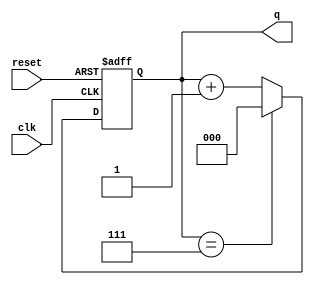
module binary_counter (
    input wire clk,          // Clock signal
    input wire reset,        // Asynchronous reset signal
    output reg [N-1:0] q     // Output count value
);
    parameter N = 3;         // Number of bits for the counter
    parameter MAX_COUNT = (1 << N) - 1; // Maximum count value (2^N - 1)

    // State transition logic
    always @(posedge clk or posedge reset) begin
        if (reset) begin
            q <= 0;          // Reset the counter to 0
        end else begin
            if (q == MAX_COUNT) begin
                q <= 0;      // Wrap around to 0
            end else begin
                q <= q + 1;  // Increment the counter
            end
        end
    end

endmodule